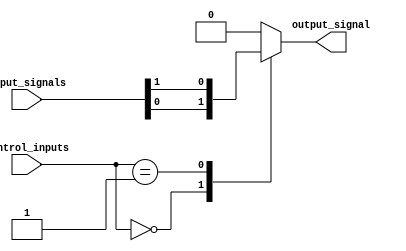
module multiplexer_256_1 (
    input [255:0] input_signals,
    input [7:0] control_inputs,
    output reg output_signal
);

always @(*) begin
    case(control_inputs)
        8'b00000000: output_signal = input_signals[0];
        8'b00000001: output_signal = input_signals[1];
        // Continue with the remaining 254 cases
        default: output_signal = 0; // Default case in case of invalid control inputs
    endcase
end

endmodule